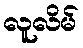
လူလိမ်